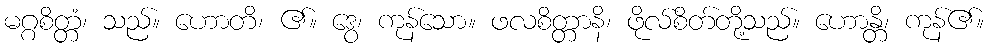
မဂ္ဂစိတ္တံ၊ သည်။ ဟောတိ၊ ၏။ ဒွေ၊ ကုန်သော။ ဖလစိတ္တာနိ၊ ဖိုလ်စိတ်တို့သည်။ ဟောန္တိ၊ ကုန်၏။